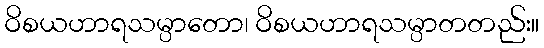
ဝိစယဟာရသမ္ပာတော၊ ဝိစယဟာရသမ္ပာတတည်း။